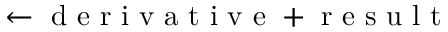
\leftarrow \mathrm { ~ d ~ e ~ r ~ i ~ v ~ a ~ t ~ i ~ v ~ e ~ } + \mathrm { ~ r ~ e ~ s ~ u ~ l ~ t ~ }